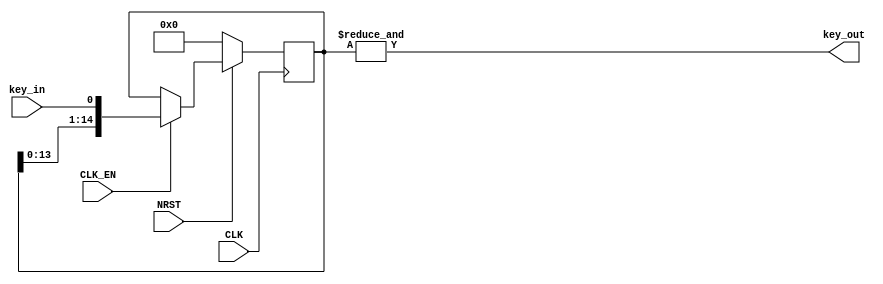
module debouncer (
    input CLK,
    input NRST,
    input CLK_EN,
    input key_in,
    
    output key_out
);

reg [14:0] data_out = 15'd0;

always @ (posedge CLK) begin
    if (!NRST)
        data_out <= 15'd0;
    else if (CLK_EN)
        data_out <= {data_out[13:0], key_in}; // shift register action
end

assign key_out = (&data_out[14:0]);

endmodule